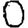
Digit: 0